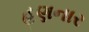
હણનાર